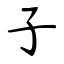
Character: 子